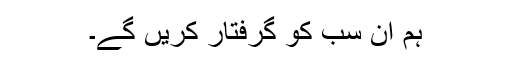
ہم ان سب کو گرفتار کریں گے۔